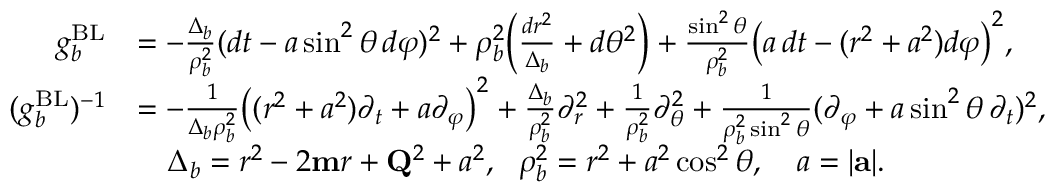
\begin{array} { r l } { g _ { b } ^ { \mathrm { B L } } } & { = - \frac { \Delta _ { b } } { \rho _ { b } ^ { 2 } } ( d t - a \sin ^ { 2 } \theta \, d \varphi ) ^ { 2 } + \rho _ { b } ^ { 2 } \Bigl ( \frac { d r ^ { 2 } } { \Delta _ { b } } + d \theta ^ { 2 } \Bigr ) + \frac { \sin ^ { 2 } \theta } { \rho _ { b } ^ { 2 } } \bigl ( a \, d t - ( r ^ { 2 } + a ^ { 2 } ) d \varphi \bigr ) ^ { 2 } , } \\ { ( g _ { b } ^ { \mathrm { B L } } ) ^ { - 1 } } & { = - \frac { 1 } { \Delta _ { b } \rho _ { b } ^ { 2 } } \bigl ( ( r ^ { 2 } + a ^ { 2 } ) \partial _ { t } + a \partial _ { \varphi } \bigr ) ^ { 2 } + \frac { \Delta _ { b } } { \rho _ { b } ^ { 2 } } \partial _ { r } ^ { 2 } + \frac { 1 } { \rho _ { b } ^ { 2 } } \partial _ { \theta } ^ { 2 } + \frac { 1 } { \rho _ { b } ^ { 2 } \sin ^ { 2 } \theta } ( \partial _ { \varphi } + a \sin ^ { 2 } \theta \, \partial _ { t } ) ^ { 2 } , } \\ & { \quad \Delta _ { b } = r ^ { 2 } - 2 \mathbf { m } r + \mathbf { Q } ^ { 2 } + a ^ { 2 } , \ \ \rho _ { b } ^ { 2 } = r ^ { 2 } + a ^ { 2 } \cos ^ { 2 } \theta , \quad a = \vert \mathbf { a } \vert . } \end{array}